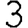
Digit: 3